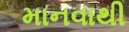
માનવાથી